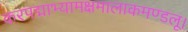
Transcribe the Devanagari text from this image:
करपद्माभ्यामक्षमालाकमण्डलू।